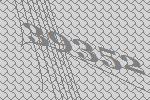
39352